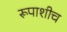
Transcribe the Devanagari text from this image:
रूपाशीच